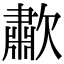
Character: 歗